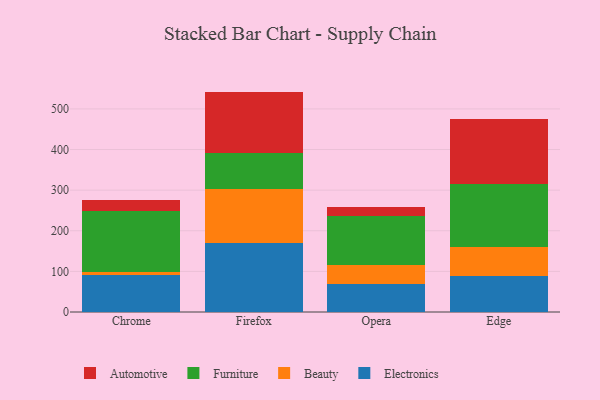
{"axis": {"x": "Browser", "y": "Bounce Rate (%)"}, "legend": ["Automotive", "Beauty", "Electronics", "Furniture"], "data": [{"x": "Chrome", "y": 91.2, "type": "Electronics"}, {"x": "Chrome", "y": 8.5, "type": "Beauty"}, {"x": "Chrome", "y": 149.8, "type": "Furniture"}, {"x": "Chrome", "y": 26.4, "type": "Automotive"}, {"x": "Firefox", "y": 170.7, "type": "Electronics"}, {"x": "Firefox", "y": 132.5, "type": "Beauty"}, {"x": "Firefox", "y": 87.7, "type": "Furniture"}, {"x": "Firefox", "y": 151.7, "type": "Automotive"}, {"x": "Opera", "y": 68.2, "type": "Electronics"}, {"x": "Opera", "y": 46.3, "type": "Beauty"}, {"x": "Opera", "y": 121.5, "type": "Furniture"}, {"x": "Opera", "y": 22.2, "type": "Automotive"}, {"x": "Edge", "y": 88.2, "type": "Electronics"}, {"x": "Edge", "y": 70.9, "type": "Beauty"}, {"x": "Edge", "y": 157.2, "type": "Furniture"}, {"x": "Edge", "y": 158.7, "type": "Automotive"}]}